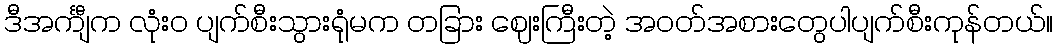
ဒီအင်္ကျီက လုံးဝ ပျက်စီးသွားရုံမက တခြား ဈေးကြီးတဲ့ အဝတ်အစားတွေပါပျက်စီးကုန်တယ်။